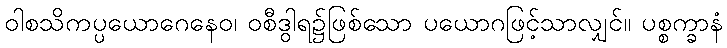
ဝါစသိကပ္ပယောဂေနေဝ၊ ဝစီဒွါရ၌ဖြစ်သော ပယောဂဖြင့်သာလျှင်။ ပစ္စက္ခာနံ